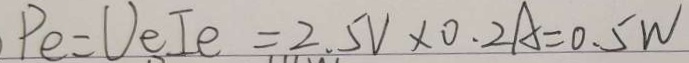
P e = U e I e = 2 . 5 V \times 0 . 2 A = 0 . 5 W